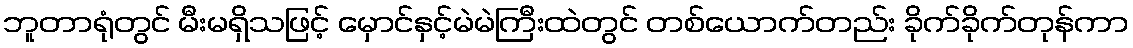
ဘူတာရုံတွင် မီးမရှိသဖြင့် မှောင်နှင့်မဲမဲကြီးထဲတွင် တစ်ယောက်တည်း ခိုက်ခိုက်တုန်ကာ